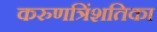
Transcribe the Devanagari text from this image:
करुणत्रिंशतिका